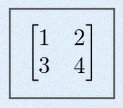
\begin{bmatrix}1&2\\3&4\end{bmatrix}